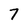
Character: 7